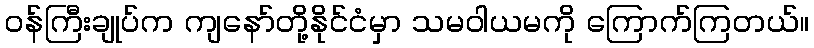
ဝန်ကြီးချုပ်က ကျနော်တို့နိုင်ငံမှာ သမဝါယမကို ကြောက်ကြတယ်။